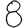
Digit: 8